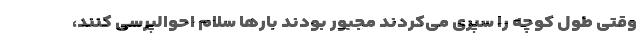
وقتی طول کوچه را سپری می‌کردند مجبور بودند بارها سلام احوالپرسی کنند،